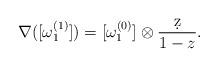
LaTeX: \begin{align*} \nabla([\omega_1^{(1)}]) = [\omega_1^{(0)}]\otimes \frac{\d z}{1-z}. \end{align*}